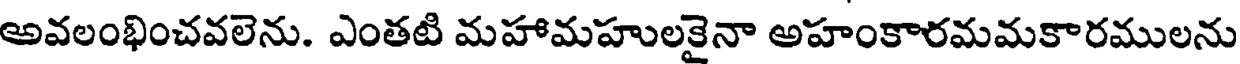
అవలంభించవలెను. ఎంతటి మహామహులకైనా అహంకారమమకారములను